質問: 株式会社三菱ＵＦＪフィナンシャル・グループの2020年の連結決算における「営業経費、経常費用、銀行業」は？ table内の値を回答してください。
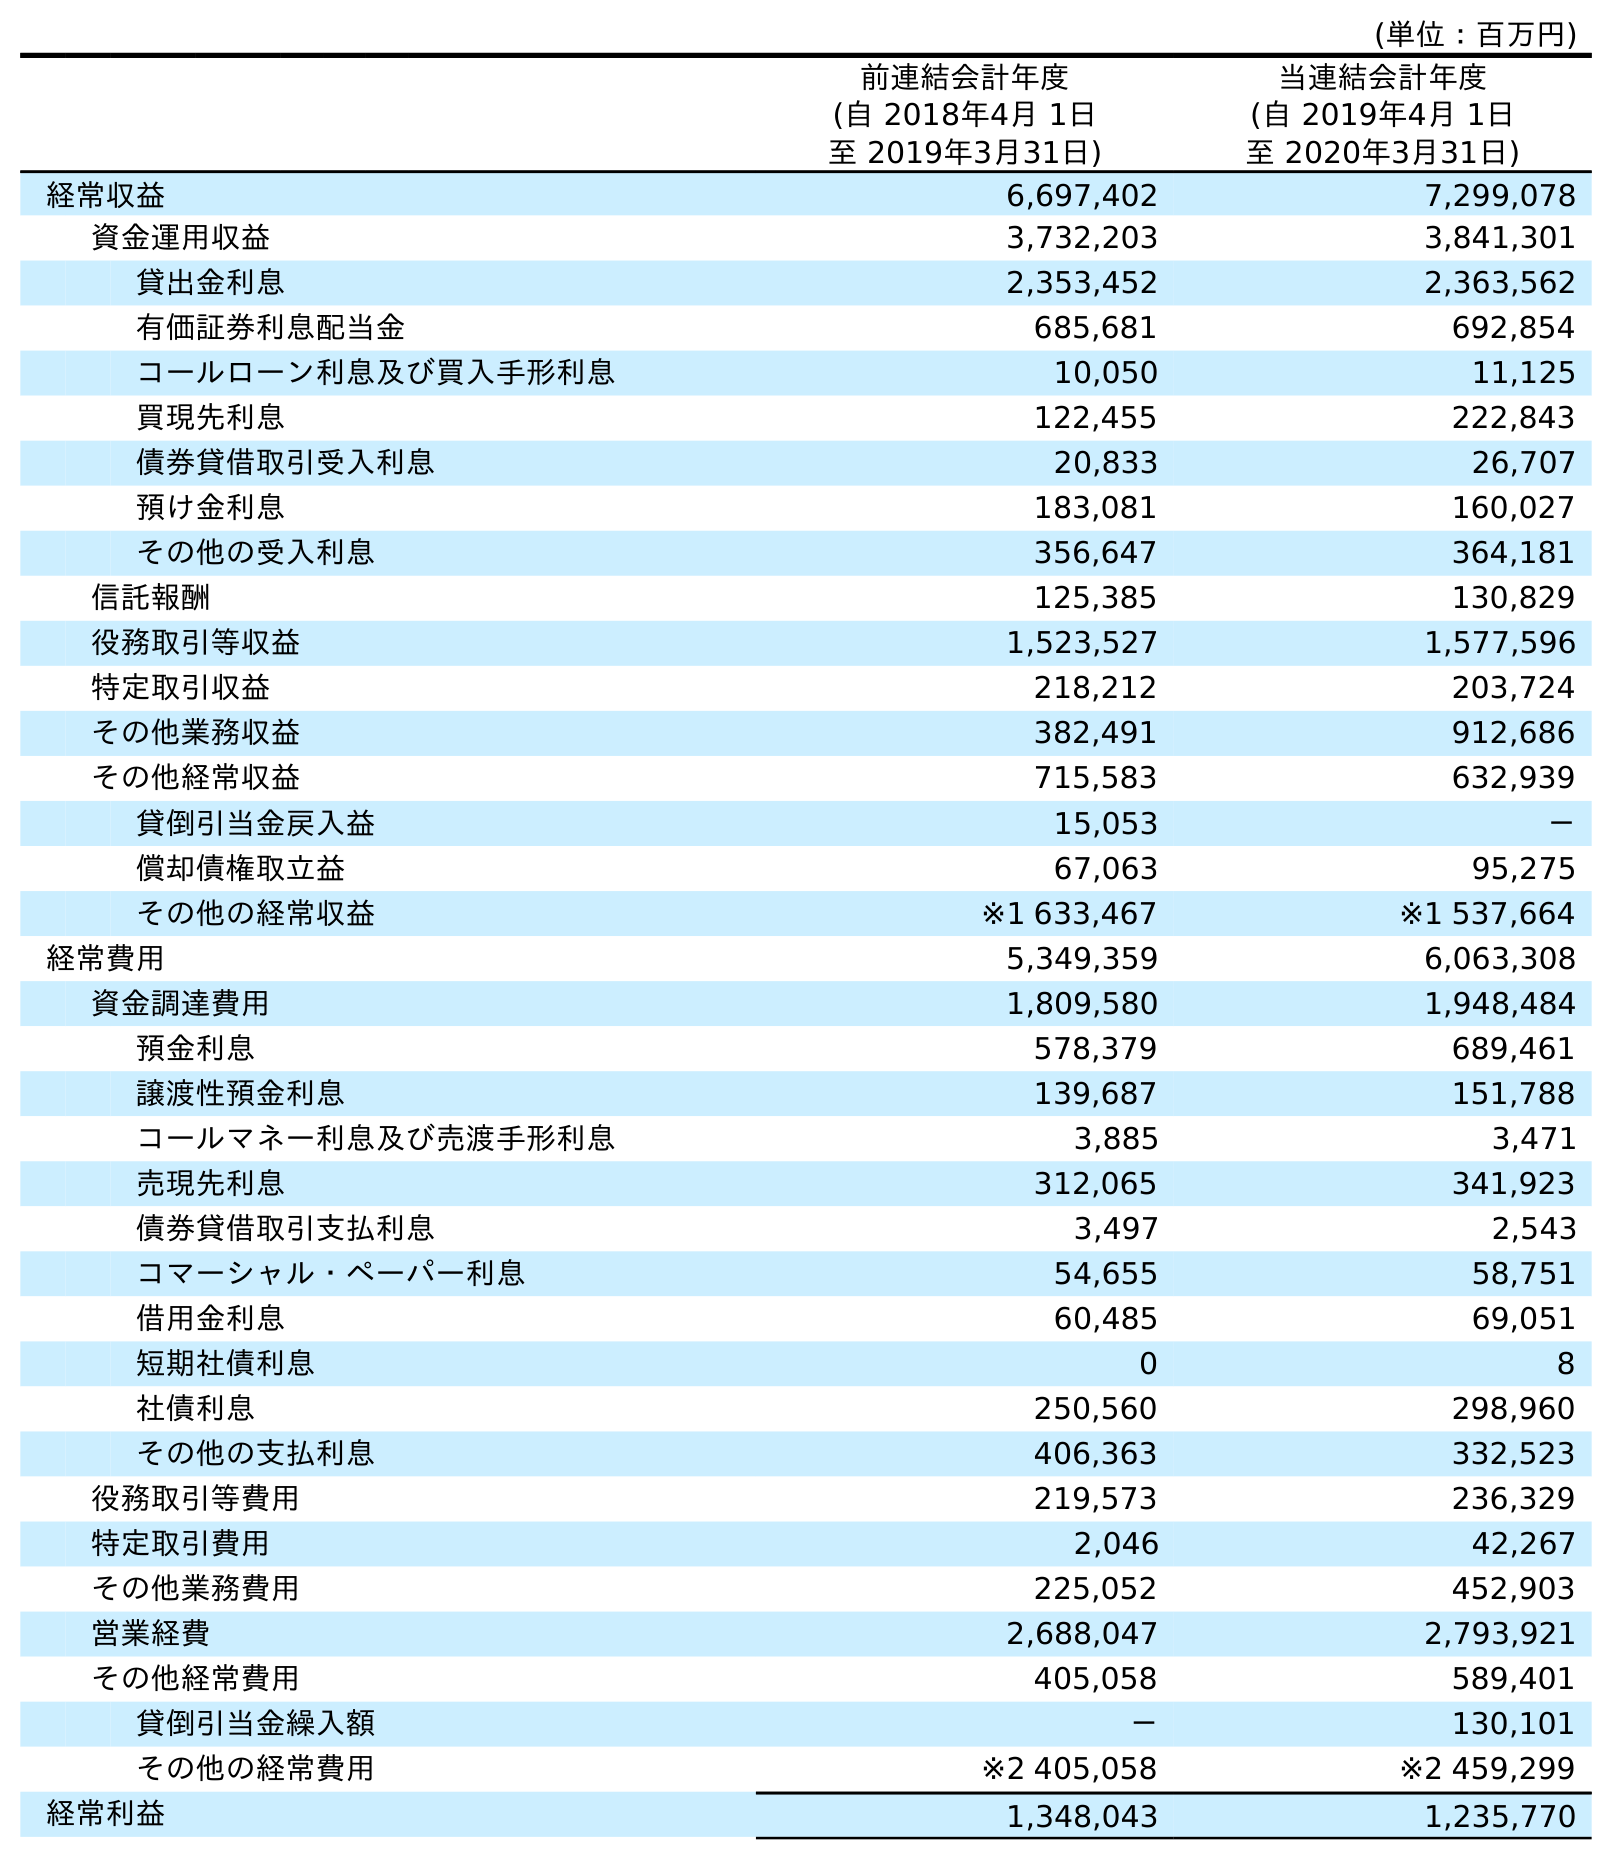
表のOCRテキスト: (単位：百万円) 前連結会計年度 (自 2018年4月 1日 至 2019年3月31日) 当連結会計年度 (自 2019年4月 1日 至 2020年3月31日) 経常収益 6,697,402 7,299,078 資金運用収益 3,732,203 3,841,301 貸出金利息 2,353,452 2,363,562 有価証券利息配当金 685,681 692,854 コールローン利息及び買入手形利息 10,050 11,125 買現先利息 122,455 222,843 債券貸借取引受入利息 20,833 26,707 預け金利息 183,081 160,027 その他の受入利息 356,647 364,181 信託報酬 125,385 130,829 役務取引等収益 1,523,527 1,577,596 特定取引収益 218,212 203,724 その他業務収益 382,491 912,686 その他経常収益 715,583 632,939 貸倒引当金戻入益 15,053 － 償却債権取立益 67,063 95,275 その他の経常収益 ※1 633,467 ※1 537,664 経常費用 5,349,359 6,063,308 資金調達費用 1,809,580 1,948,484 預金利息 578,379 689,461 譲渡性預金利息 139,687 151,788 コールマネー利息及び売渡手形利息 3,885 3,471 売現先利息 312,065 341,923 債券貸借取引支払利息 3,497 2,543 コマーシャル・ペーパー利息 54,655 58,751 借用金利息 60,485 69,051 短期社債利息 0 8 社債利息 250,560 298,960 その他の支払利息 406,363 332,523 役務取引等費用 219,573 236,329 特定取引費用 2,046 42,267 その他業務費用 225,052 452,903 営業経費 2,688,047 2,793,921 その他経常費用 405,058 589,401 貸倒引当金繰入額 － 130,101 その他の経常費用 ※2 405,058 ※2 459,299 経常利益 1,348,043 1,235,770
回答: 2,793,921